Rangoon Lunatic Asylum 1898-1906 - 1898-1906
Year: 1898
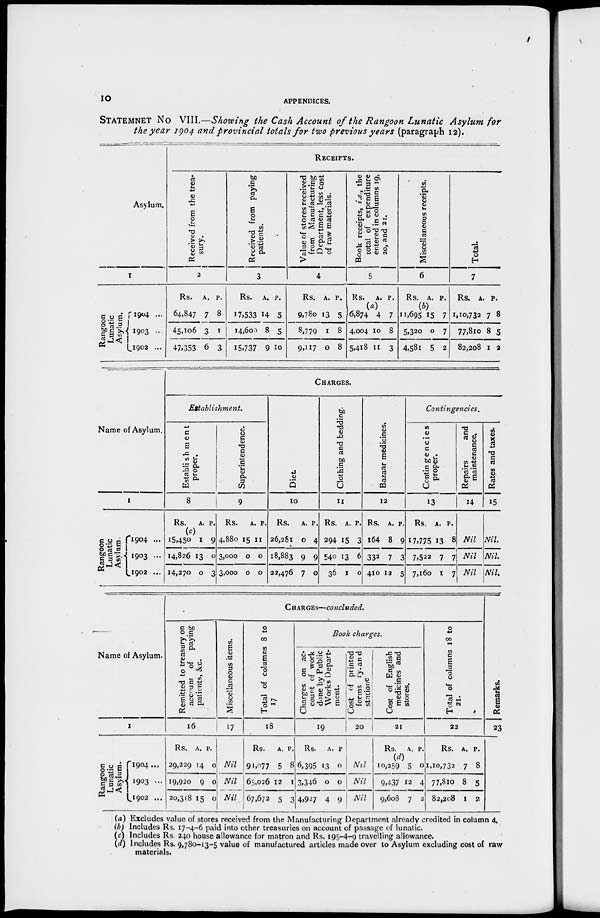
10
APPENDICES.
STATEMNET NO VIII.—Showing the Cash Account of the Rangoon Lunatic Asylum for
the year 1904 and provincial totals for two previous years (paragraph 12).
Asylum.
1
Rangoon
Lunatic
Asylum.
1904 ...
1903 ...
1902 ...
RECEIPTS.
Received from the trea-
sury.
2
Rs.
64,847
45,106
47,353
A.
7
3
6
P.
8
1
3
Received from paying
patients.
3
Rs.
17,533
14,600
15,737
A.
14
8
9
P.
5
5
10
Value of stores received
from Manufacturing
Department, less cost
of raw materials.
4
Rs.
9,780
8,779
9,117
A.
13
1
0
P.
5
8
8
Book receipts, i.e., the
total of expenditure
entered in columns 19,
20, and 21.
5
Rs.
6,874
4,004
5,418
A.
(a)
4
10
11
P.
7
8
3
Miscellaneous receipts.
6
Rs.
11,695
5,320
4,581
A.
(b)
15
0
5
P.
7
7
2
Total.
7
Rs.
1,10,732
77,810
82,208
A.
7
8
1
P.
8
5
2
Name of Asylum.
1
Rangoon
Lunatic
Asylum.
1904 ...
1903 ...
1902 ...
CHARGES.
Establishment.
Establishment
proper.
8
Rs.
(c)
15,450
14,826
14,270
A.
1
13
0
P.
9
0
3
Superintendence.
9
Rs.
4,880
3,000
3,000
A.
15
0
0
P.
11
0
0
Diet
10
Rs.
26,281
18,883
22,476
A.
0
9
7
P.
4
9
0
Clothing and bedding.
11
Rs.
294
540
36
A.
15
13
1
P.
3
6
0
Bazaar medicines.
12
Rs.
164
332
410
A.
8
7
12
P.
9
3
5
Contingencies.
Contingencies
proper.
13
Rs.
17,775
7,522
7,160
A.
13
7
1
P.
8
7
7
Repairs
and
maintenance.
14
Nil
Nil
Nil
Rates and taxes.
15
Nil.
Nil.
Nil.
Name of Asylum.
1
Rangoon
Lunatic
Asylum.
1904 ...
1903 ...
1902
...
CHARGES—concluded.
Remitted to treasury on
account of paying
patients, &c.
16
Rs.
29,229
19,920
20,318
A.
14
9
15
P.
0
0
0
Miscellaneous items.
17
Nil
Nil
Nil
Total of columns 8 to
17
18
Rs.
91,977
65,026
67,672
A.
5
12
5
P.
8
1
3
Book charges.
Charges on ac-
count of work
done by Public
Works Depart-
ment.
19
Rs.
6,395
3,346
4,927
A.
13
0
4
P.
0
0
9
Cost of printed
forms ry.and
statione
20
Nil
Nil
Nil
Cost of English
medicines and
stores.
21
Rs.
(d)
10,259
9,437
9,608
A.
5
12
7
P.
0
4
2
Total of columns 18 to
21.
22
Rs.
1,10,732
77,810
82,208
A.
7
8
1
P.
8
5
2
Remarks.
23
(a) Excludes value of stores received from the Manufacturing Department already credited in column 4.
(b) Includes Rs. 17-4-6 paid into other treasuries on account of passage of lunatic.
(c) Includes Rs. 240 house allowance for matron and Rs. 195-4-9 travelling allowance.
(d) Includes Rs. 9,780-13-5 value of manufactured articles made over to Asylum excluding cost of raw
materials.